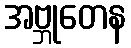
အဗ္ဘုတေန